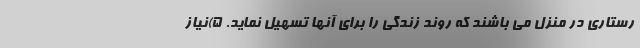
رستاری در منزل می باشند که روند زندگی را برای آنها تسهیل نماید. 5)نیاز